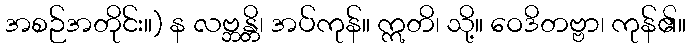
အစဉ်အတိုင်း။) န လဗ္ဘန္တိ၊ အပ်ကုန်။ ဣတိ၊ သို့။ ဝေဒိတဗ္ဗာ၊ ကုန်၏။